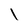
Character: l